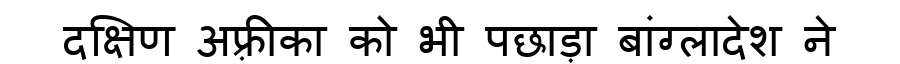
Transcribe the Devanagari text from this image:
दक्षिण अफ़्रीका को भी पछाड़ा बांग्लादेश ने